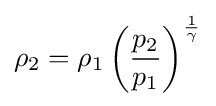
\rho _{2}=\rho _{1}\left({\frac {p_{2}}{p_{1}}}\right)^{\frac {1}{\gamma }}